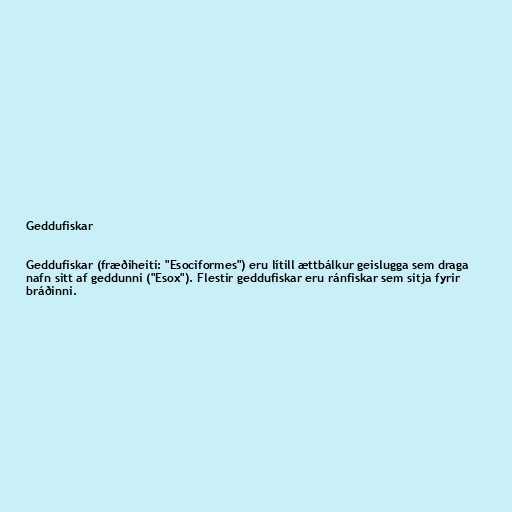
Geddufiskar

Geddufiskar (fræðiheiti: "Esociformes") eru lítill ættbálkur geislugga sem draga
nafn sitt af geddunni ("Esox"). Flestir geddufiskar eru ránfiskar sem sitja fyrir
bráðinni.